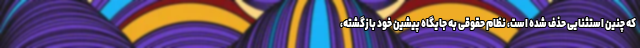
که چنین استثنایی حذف شده است، نظام حقوقی به جایگاه پیشین خود بازگشته،